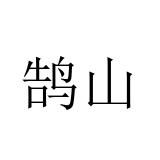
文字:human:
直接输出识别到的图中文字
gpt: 鹄山